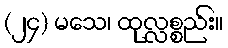
(၂၄) မသေ၊ ထုလ္လစ္စည်း။